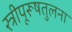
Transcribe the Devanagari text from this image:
स्त्रीपूरूषतुलना